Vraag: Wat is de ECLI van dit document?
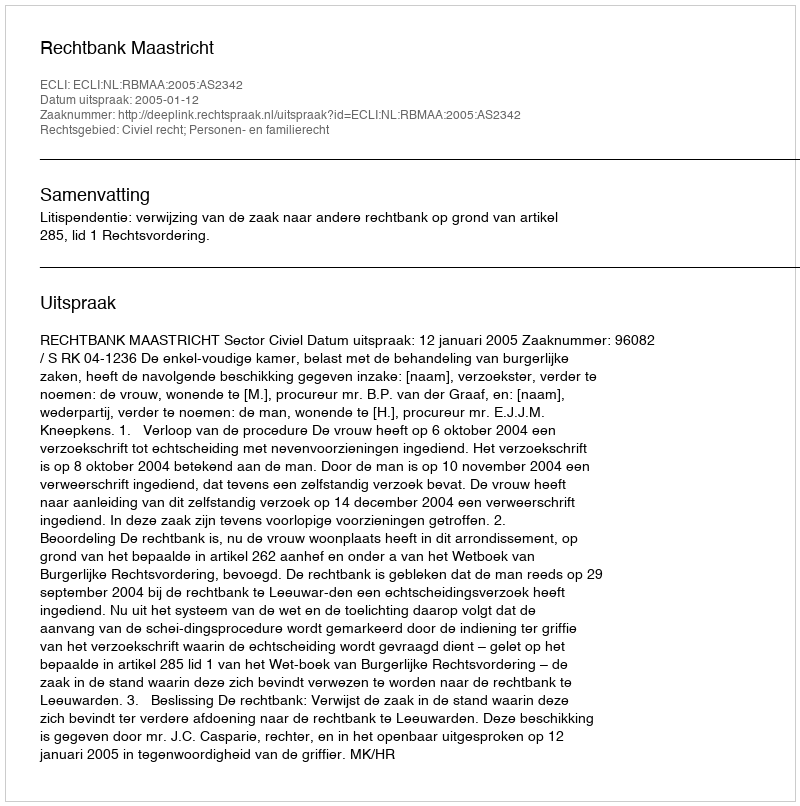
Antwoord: ECLI:NL:RBMAA:2005:AS2342